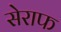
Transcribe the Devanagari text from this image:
सेराफ